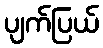
ပျက်ပြယ်